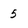
Character: 5